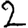
Digit: 2